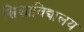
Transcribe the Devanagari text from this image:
श्विश्वाविद्यालय